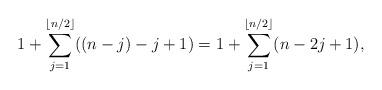
LaTeX: \begin{align*}1+\sum_{j=1}^{\left\lfloor n/2\right\rfloor }((n-j)-j+1)=1+\sum_{j=1}^{\left\lfloor n/2\right\rfloor }(n-2j+1),\end{align*}